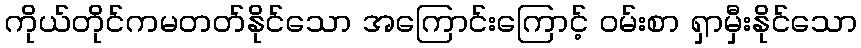
ကိုယ်တိုင်ကမတတ်နိုင်သော အကြောင်းကြောင့် ဝမ်းစာ ရှာမှီးနိုင်သော